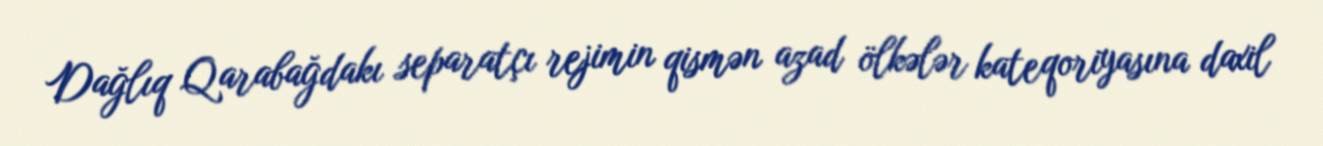
Dağlıq Qarabağdakı separatçı rejimin qismən azad ölkələr kateqoriyasına daxil